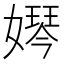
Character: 𡡱